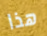
هذا